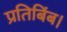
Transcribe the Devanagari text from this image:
प्रतिबिंब।